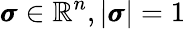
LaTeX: \pmb{\sigma}\in\mathbb{R}^{n},|\pmb{\sigma}|=1